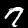
Digit: 7